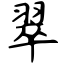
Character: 翠